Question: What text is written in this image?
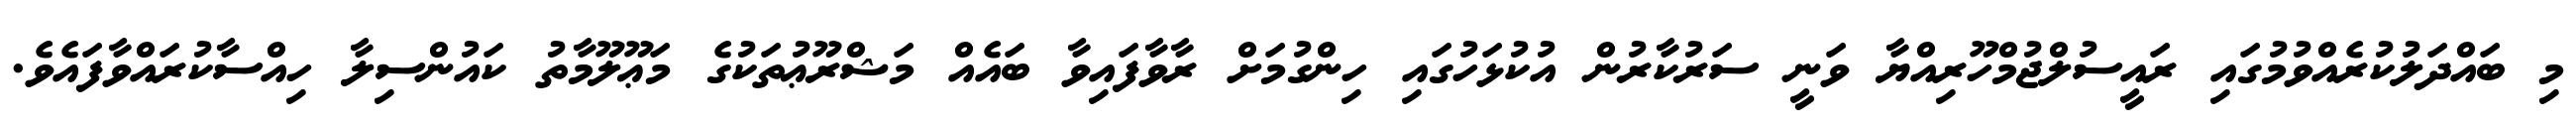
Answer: މި ބައްދަލުކުރެއްވުމުގައި ރައީސުލްޖުމްހޫރިއްޔާ ވަނީ ސަރުކާރުން އުކުޅަހުގައި ހިންގުމަށް ރާވާފައިވާ ބައެއް މަޝްރޫޢުތަކުގެ މަޢޫލޫމާތު ކައުންސިލާ ހިއްސާކުރައްވާފައެވެ.